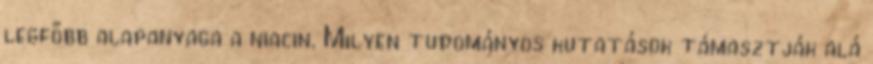
legfőbb alapanyaga a niacin. Milyen tudományos kutatások támasztják alá